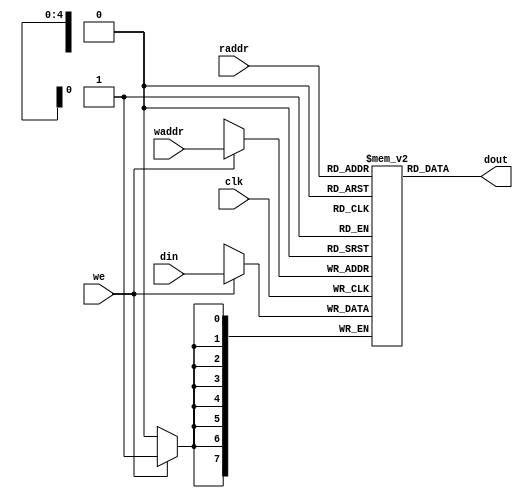
/*
------------------------------------------------------------------- 
--                        ASCII HEX TABLE
--  Hex						Low Hex Digit
-- Value  0   1   2   3   4   5   6   7   8   9   A   B   C   D   E   F
------\----------------------------------------------------------------
--H  2 |  SP  !   "   #   $   %   &   '   (   )   *   +   ,   -   .   /
--i  3 |  0   1   2   3   4   5   6   7   8   9   :   ;   <   =   >   ?
--g  4 |  @   A   B   C   D   E   F   G   H   I   J   K   L   M   N   O
--h  5 |  P   Q   R   S   T   U   V   W   X   Y   Z   [   \   ]   ^   _
--   6 |  `   a   b   c   d   e   f   g   h   i   j   k   l   m   n   o
--   7 |  p   q   r   s   t   u   v   w   x   y   z   {   |   }   ~ DEL
-----------------------------------------------------------------------
*/

module LCD_ram (
	input				clk,
	input		[4:0]	raddr,
	input		[7:0]	din,
	input		[4:0]	waddr,
	input				we,
	output	[7:0]	dout
	);
	
	reg [7:0] m [0:31];               // Initialize 31 x 8bit memory

	
	always@(posedge clk)
		if (we) begin
			m[waddr] <= din;
		end
	
	assign dout = m[raddr];
	
	initial begin
		// Line 1
		m[8'h00] = "S";
		m[8'h01] = "c";
		m[8'h02] = "o";
		m[8'h03] = "r";
		m[8'h04] = "e";
		m[8'h05] = ":";
		m[8'h06] = " ";
		m[8'h07] = " ";
		m[8'h08] = " ";
		m[8'h09] = " ";
		m[8'h0a] = " ";
		m[8'h0b] = " ";
		m[8'h0c] = " ";
		m[8'h0d] = " ";
		m[8'h0e] = " ";
		m[8'h0f] = " ";
		// Line 2
		m[8'h10] = " ";
		m[8'h11] = " ";
		m[8'h12] = " ";
		m[8'h13] = " ";
		m[8'h14] = " ";
		m[8'h15] = " ";
		m[8'h16] = " ";
		m[8'h17] = " ";
		m[8'h18] = " ";
		m[8'h19] = " ";
		m[8'h1a] = " ";
		m[8'h1b] = " ";
		m[8'h1c] = " ";
		m[8'h1d] = " ";
		m[8'h1e] = " ";
		m[8'h1f] = " ";
	end
	
endmodule